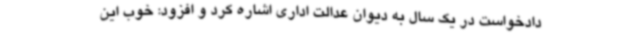
دادخواست در یک سال به دیوان عدالت اداری اشاره کرد و افزود: خوب این